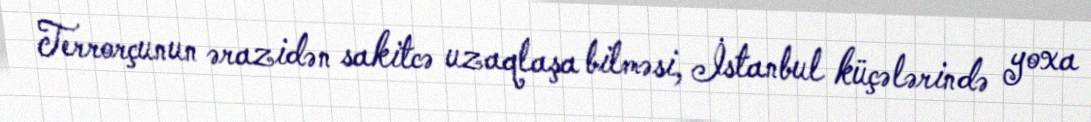
Terrorçunun ərazidən sakitcə uzaqlaşa bilməsi, İstanbul küçələrində yoxa